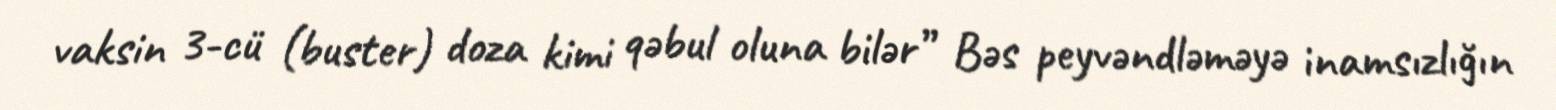
vaksin 3-cü (buster) doza kimi qəbul oluna bilər” Bəs peyvəndləməyə inamsızlığın